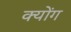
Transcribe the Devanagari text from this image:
क्योंग